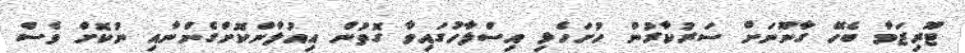
ޓޫރިޒަމާ ބެހޭ ގާނޫނަށް ސަރުކާރުން ހުށަހެޅި އިސްލާހުގައިވާ ގޮތުން އިއުލާންކޮށްގެންނާއި ނުކޮށް ވެސް